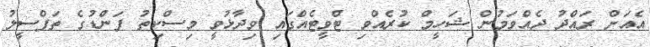
އެއަށް ރައްދު ދެއްވަމުން ޝަހީމް ކުރެއްވި ޓްވީޓެއްގައި ވިދާޅުވީ މިސްކިތު ފަންޑުގެ ތަފްސީލު